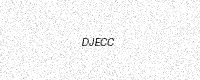
Text: DJECC